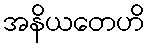
အနိယတေဟိ